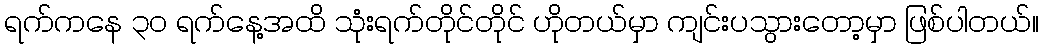
ရက်ကနေ ၃၀ ရက်နေ့အထိ သုံးရက်တိုင်တိုင် ဟိုတယ်မှာ ကျင်းပသွားတော့မှာ ဖြစ်ပါတယ်။